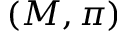
( M , \pi )